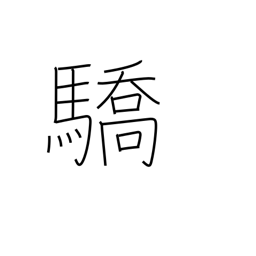
Meaning: haughtiness